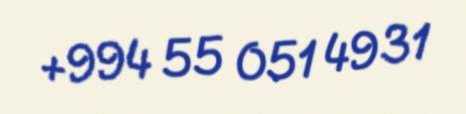
+994 55 051 49 31